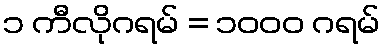
၁ ကီလိုဂရမ် = ၁၀၀၀ ဂရမ်